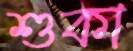
শুকা